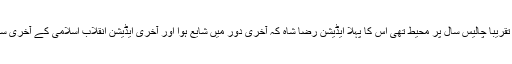
خواندنی ہا رسالہ کہ جس کی اشاعت تقریبا چالیس سال پر محیط تھی اس کا پہلا ایڈیشن رضا شاہ کہ آخری دور میں شایع ہوا اور آخری ایڈیشن انقلاب اسلامی کے آخری سالوں یعنی ۱۳۵۸ شمسی میں شایع ہوا۔